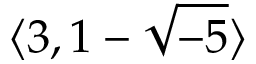
\langle 3 , 1 - { \sqrt { - 5 } } \rangle